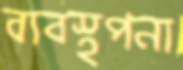
ব্যবস্থপনা